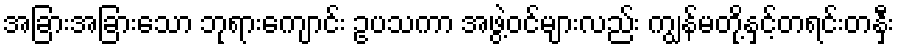
အခြားအခြားသော ဘုရားကျောင်း ဥပသကာ အဖွဲ့ဝင်များလည်း ကျွန်မတို့နှင့်တရင်းတနှီး